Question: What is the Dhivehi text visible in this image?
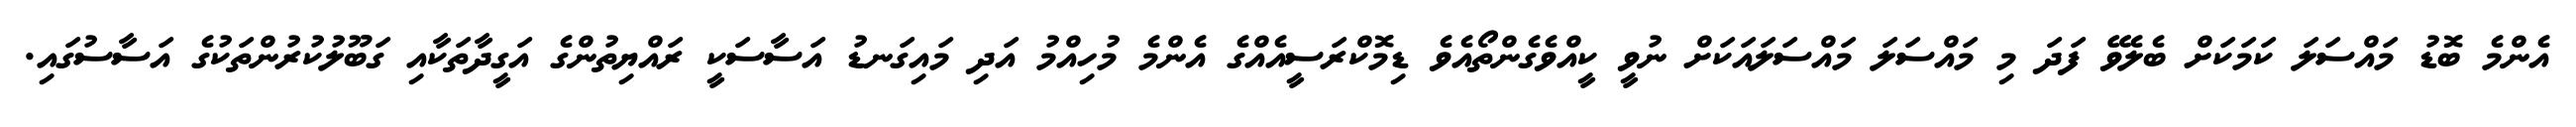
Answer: އެންމެ ބޮޑު މައްސަލަ ކަމަކަށް ބެލެވޭ ފަދަ މި މައްސަލަ މައްސަލައަކަށް ނުވީ ކީއްވެގެންތޯއެވެ ޑިމޮކްރަސީއެއްގެ އެންމެ މުހިއްމު އަދި މައިގަނޑު އަސާސަކީ ރައްޔިތުންގެ އަގީދާތަކާއި ގަބޫލުކުރުންތަކުގެ އަސާސުގައި.